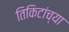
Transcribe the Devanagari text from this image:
तिकिटांच्या